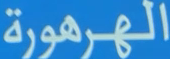
الهرهورة